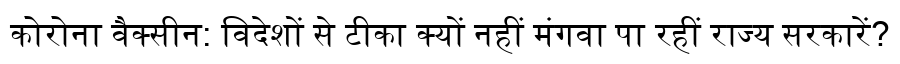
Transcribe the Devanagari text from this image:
कोरोना वैक्सीन: विदेशों से टीका क्यों नहीं मंगवा पा रहीं राज्य सरकारें?